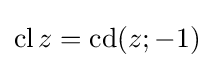
\operatorname {cl} z=\operatorname {cd} (z;-1)